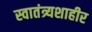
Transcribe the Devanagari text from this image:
स्वातंत्र्यशाहीर